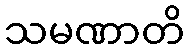
သမဏာတိ